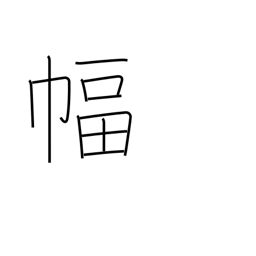
Meaning: hanging scroll